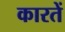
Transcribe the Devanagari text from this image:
कारतें